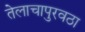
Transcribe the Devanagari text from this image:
तेलाचापुरवठा